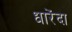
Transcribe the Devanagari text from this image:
धारेंदा